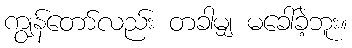
ကျွန်တော်လည်း တခါမျှ မခေါ်ခဲ့ဘူး။